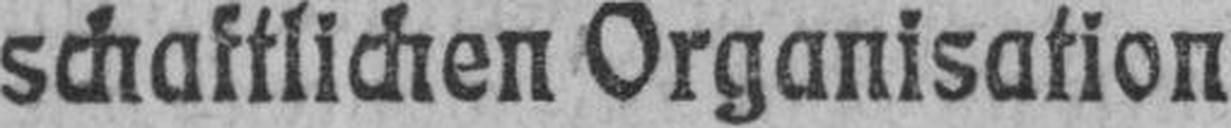
schaftlichen Organisation